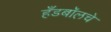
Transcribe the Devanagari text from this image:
हँडबॉलचे